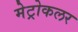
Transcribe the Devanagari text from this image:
मेट्रोकलर